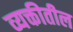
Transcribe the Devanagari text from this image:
व्यक्तीतील